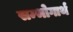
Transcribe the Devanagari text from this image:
सम्भोगार्थ